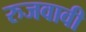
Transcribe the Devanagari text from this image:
रुजवावी